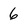
Character: 6